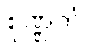
စုဏ္ဏကံ